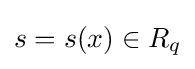
s=s(x)\in R_{q}